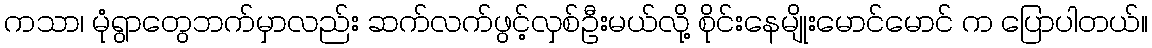
ကသာ၊ မုံရွာတွေဘက်မှာလည်း ဆက်လက်ဖွင့်လှစ်ဦးမယ်လို့ စိုင်းနေမျိုးမောင်မောင် က ပြောပါတယ်။